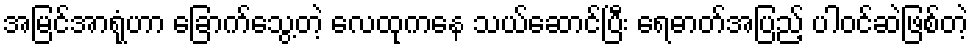
အမြင်အာရုံဟာ ခြောက်သွေ့တဲ့ လေထုကနေ သယ်ဆောင်ပြီး ရေဓာတ်အပြည့် ပါဝင်ဆဲဖြစ်တဲ့